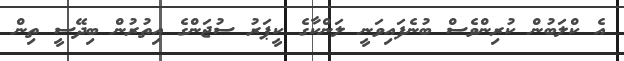
އެ ކްލަބުން ކުރިންވެސް ބުނެފައިވަނީ ލަންކާގެ ކީޕަރު ސުޖަންގެ އިތުރުން ބިދޭސީ ތިން